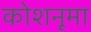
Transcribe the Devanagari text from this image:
कोशनूमा